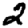
Digit: 2